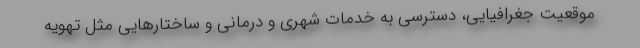
موقعیت جغرافیایی، دسترسی به خدمات شهری و درمانی و ساختارهایی مثل تهویه